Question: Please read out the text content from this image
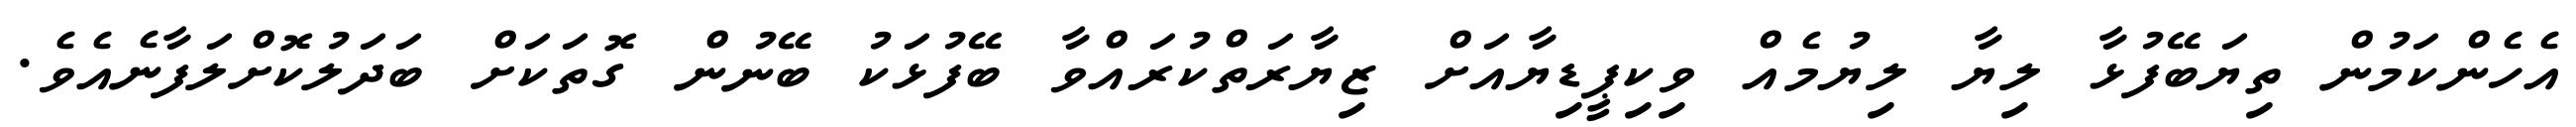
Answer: އެހެންކަމުން ތިޔަބޭފުޅާ ލިޔާ ލިޔުމެއް ވިކިޕީޑިޔާއަށް ޒިޔާރަތްކުރައްވާ ބޭފުޅަކު ބޭނުން ގޮތަކަށް ބަދަލުކޮށްލަފާނެއެވެ.